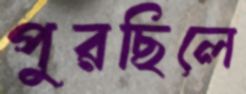
পুরছিলে